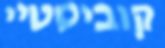
קוביסטיי